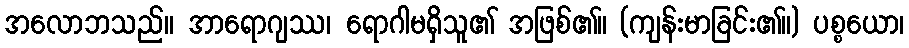
အလောဘသည်။ အာရောဂျဿ၊ ရောဂါမရှိသူ၏ အဖြစ်၏။ (ကျန်းမာခြင်း၏။) ပစ္စယော၊